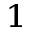
^ { 1 }